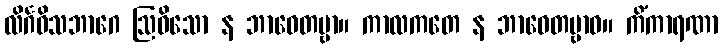
လိင်္ဂဝိသဘာဂေ ဩဓိသော န ဘာဝေတဗ္ဗာ။ ကာလကတေ န ဘာဝေတဗ္ဗာဝ။ ကိံကာရဏာ